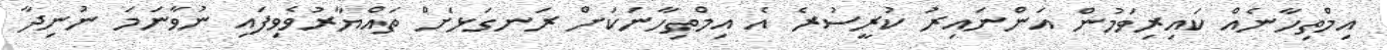
އިމްތިހާނެއް ކައިރިވަމުން އަންނައިރު ކުރީސުރެ އެ އިމްތިހާނަކަށް ރަނގަޅަށް ތައްޔާރުވެވިފައި ނުވާނަމަ ނުނިދާ